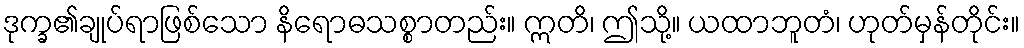
ဒုက္ခ၏ချုပ်ရာဖြစ်သော နိရောဓသစ္စာတည်း။ ဣတိ၊ ဤသို့။ ယထာဘူတံ၊ ဟုတ်မှန်တိုင်း။